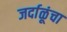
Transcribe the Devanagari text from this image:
जर्दाळूंचा